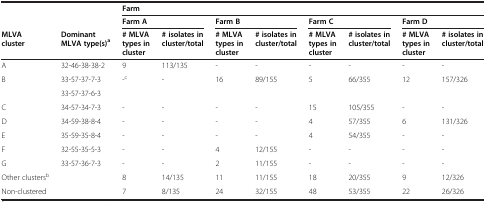
<table><thead><tr><td></td><td></td><td colspan="8"><b>Farm</b></td></tr><tr><td></td><td></td><td colspan="2"><b>Farm A</b></td><td colspan="2"><b>Farm B</b></td><td colspan="2"><b>Farm C</b></td><td colspan="2"><b>Farm D</b></td></tr><tr><td><b>MLVA cluster</b></td><td><b>Dominant MLVA type(s)<sup>a</sup></b></td><td><b># MLVA types in cluster</b></td><td><b># isolates in cluster/total</b></td><td><b># MLVA types in cluster</b></td><td><b># isolates in cluster/total</b></td><td><b># MLVA types in cluster</b></td><td><b># isolates in cluster/total</b></td><td><b># MLVA types in cluster</b></td><td><b># isolates in cluster/total</b></td></tr></thead><tbody><tr><td>A</td><td>32-46-38-38-2</td><td>9</td><td>113/135</td><td>-</td><td>-</td><td>-</td><td>-</td><td>-</td><td>-</td></tr><tr><td rowspan="2">B</td><td>33-57-37-7-3</td><td rowspan="2">-<sup>c</sup></td><td rowspan="2">-</td><td rowspan="2">16</td><td rowspan="2">89/155</td><td rowspan="2">5</td><td rowspan="2">66/355</td><td rowspan="2">12</td><td rowspan="2">157/326</td></tr><tr><td>33-57-37-6-3</td></tr><tr><td>C</td><td>34-57-34-7-3</td><td>-</td><td>-</td><td>-</td><td>-</td><td>15</td><td>105/355</td><td>-</td><td>-</td></tr><tr><td>D</td><td>34-59-38-8-4</td><td>-</td><td>-</td><td>-</td><td>-</td><td>4</td><td>57/355</td><td>6</td><td>131/326</td></tr><tr><td>E</td><td>35-59-35-8-4</td><td>-</td><td>-</td><td>-</td><td>-</td><td>4</td><td>54/355</td><td>-</td><td>-</td></tr><tr><td>F</td><td>32-55-35-5-3</td><td>-</td><td>-</td><td>4</td><td>12/155</td><td>-</td><td>-</td><td>-</td><td>-</td></tr><tr><td>G</td><td>33-57-36-7-3</td><td>-</td><td>-</td><td>2</td><td>11/155</td><td>-</td><td>-</td><td>-</td><td>-</td></tr><tr><td>Other clusters<sup>b</sup></td><td></td><td>8</td><td>14/135</td><td>11</td><td>11/155</td><td>18</td><td>20/355</td><td>9</td><td>12/326</td></tr><tr><td>Non-clustered</td><td></td><td>7</td><td>8/135</td><td>24</td><td>32/155</td><td>48</td><td>53/355</td><td>22</td><td>26/326</td></tr></tbody></table>